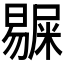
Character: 𭧺